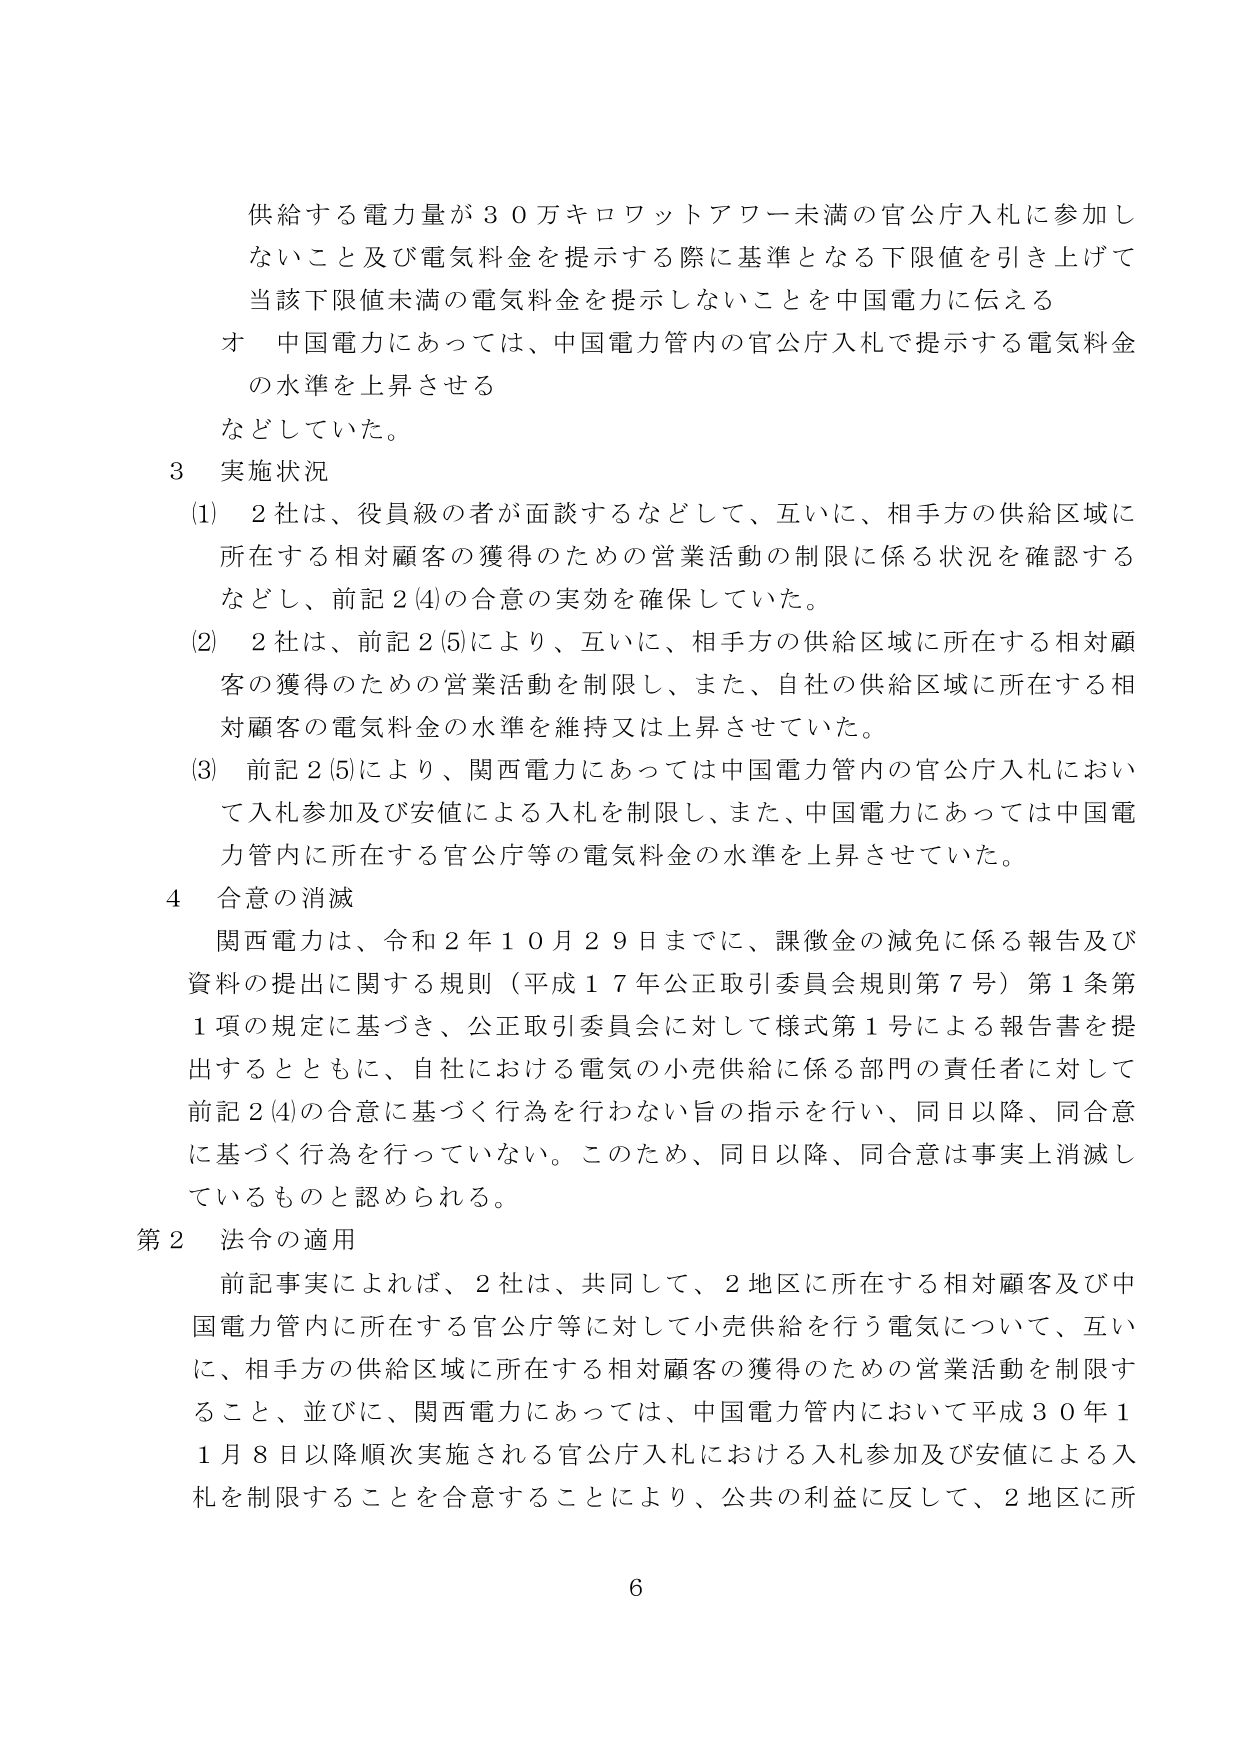
供給する電力量が３０万キロワットアワー未満の官公庁入札に参加しないこと及び電気料金を提示する際に基準となる下限値を引き上げて当該下限値未満の電気料金を提示しないことを中国電力に伝える
オ　中国電力にあっては、中国電力管内の官公庁入札で提示する電気料金の水準を上昇させる
などしていた。

３　実施状況
(1)　２社は、役員級の者が面談するなどして、互いに、相手方の供給区域に所在する相対顧客の獲得のための営業活動の制限に係る状況を確認するなどし、前記２(4)の合意の実効を確保していた。
(2)　２社は、前記２(5)により、互いに、相手方の供給区域に所在する相対顧客の獲得のための営業活動を制限し、また、自社の供給区域に所在する相対顧客の電気料金の水準を維持又は上昇させていた。
(3)　前記２(5)により、関西電力にあっては中国電力管内の官公庁入札において入札参加及び安値による入札を制限し、また、中国電力にあっては中国電力管内に所在する官公庁等の電気料金の水準を上昇させていた。

４　合意の消滅
関西電力は、令和２年１０月２９日までに、課徴金の減免に係る報告及び資料の提出に関する規則（平成１７年公正取引委員会規則第７号）第１条第１項の規定に基づき、公正取引委員会に対して様式第１号による報告書を提出するとともに、自社における電気の小売供給に係る部門の責任者に対して前記２(4)の合意に基づく行為を行わない旨の指示を行い、同日以降、同合意に基づく行為を行っていない。このため、同日以降、同合意は事実上消滅しているものと認められる。

第２　法令の適用
前記事実によれば、２社は、共同して、２地区に所在する相対顧客及び中国電力管内に所在する官公庁等に対して小売供給を行う電気について、互いに、相手方の供給区域に所在する相対顧客の獲得のための営業活動を制限すること、並びに、関西電力にあっては、中国電力管内において平成３０年１１月８日以降順次実施される官公庁入札における入札参加及び安値による入札を制限することを合意することにより、公共の利益に反して、２地区に所

6